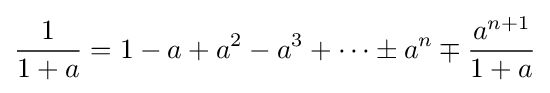
{\frac {1}{1+a}}=1-a+a^{2}-a^{3}+\cdots \pm a^{n}\mp {\frac {a^{n+1}}{1+a}}